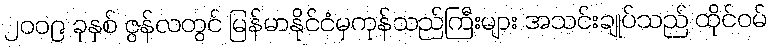
၂၀၀၉ ခုနှစ် ဇွန်လတွင် မြန်မာနိုင်ငံမှကုန်သည်ကြီးများ အသင်းချုပ်သည် ထိုင်ဝမ်